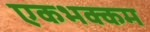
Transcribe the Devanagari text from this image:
एकभक्कम